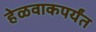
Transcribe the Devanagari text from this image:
हेळवाकपर्यंत